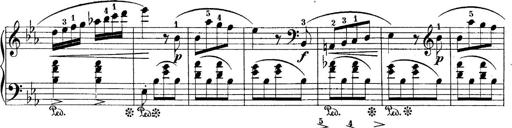
Title: 10 Sonatines progressives
Composer: Anton Schmoll